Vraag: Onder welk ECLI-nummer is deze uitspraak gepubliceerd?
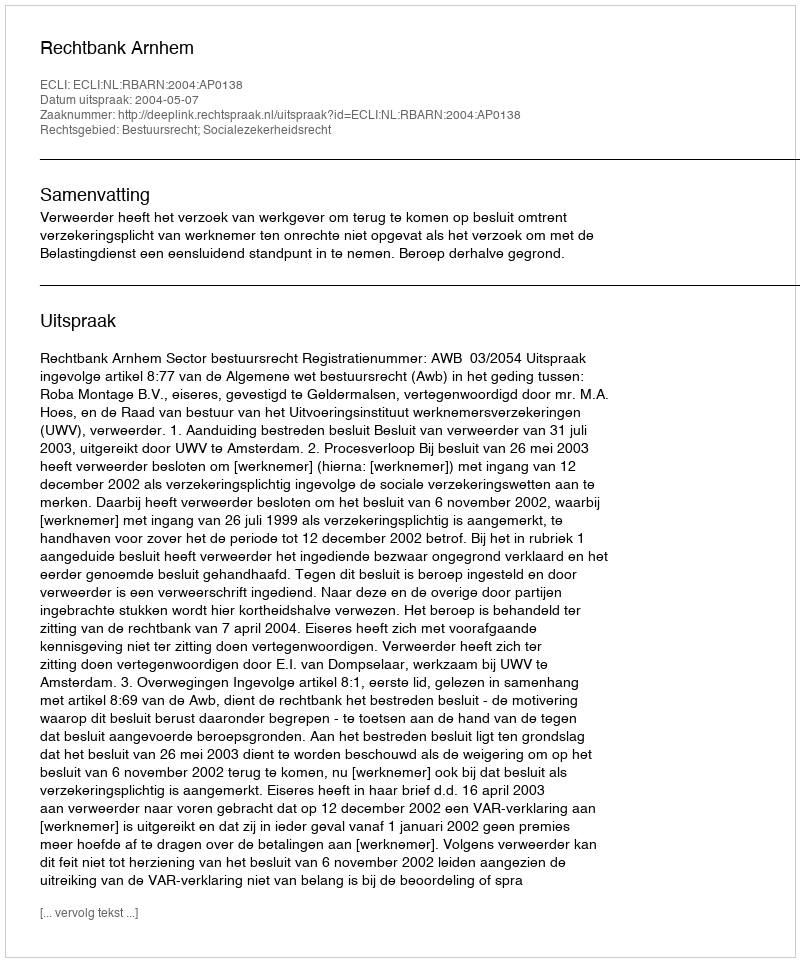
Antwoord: ECLI:NL:RBARN:2004:AP0138